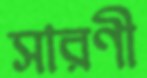
সারণী